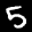
Label: 5